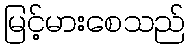
မြင့်မားစေသည်